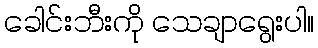
ခေါင်းဘီးကို သေချာရွေးပါ။